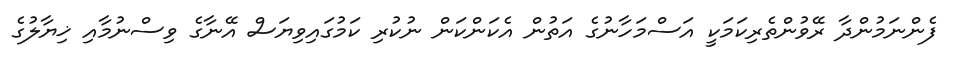
ފެންނަމުންދާ ރޭވުންތެރިކަމަކީ އަސްމަހާނުގެ އަތުން އެކަންކަން ނުކުރި ކަމުގައިވިޔަސް އޭނާގެ ވިސްނުމާއި ޚިޔާލުގެ